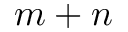
m + n